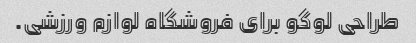
طراحی لوگو برای فروشگاه لوازم ورزشی.